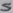
Text: S